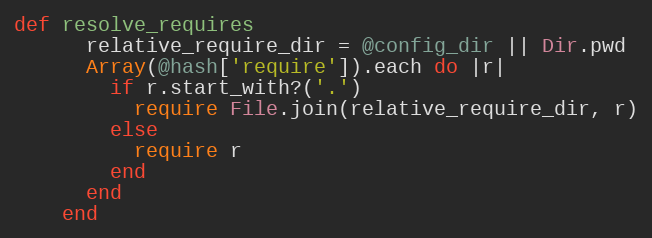
Language: Ruby
def resolve_requires
      relative_require_dir = @config_dir || Dir.pwd
      Array(@hash['require']).each do |r|
        if r.start_with?('.')
          require File.join(relative_require_dir, r)
        else
          require r
        end
      end
    end